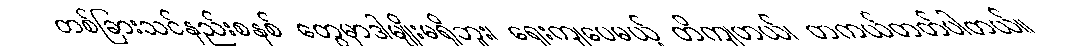
တစ်ခြားသင်နည်းစနစ် တွေမှာဒါမျိုးမရှိဘူး၊ ရှေးကျပေမယ့် တိကျတယ်၊ တကယ်တတ်ပါတယ်။